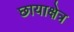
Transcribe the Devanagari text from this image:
छायाक्षेत्र